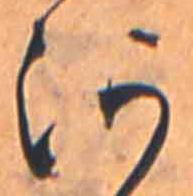
河